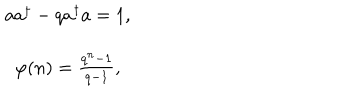
\begin{array} { c } { { a a ^ { \dagger } - q a ^ { \dagger } a = 1 , } } \\ { { \varphi ( n ) = \frac { q ^ { n } - 1 } { q - 1 } , } } \\ \end{array}